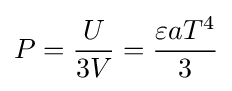
P={\frac {U}{3V}}={\frac {\varepsilon aT^{4}}{3}}